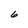
Character: 6